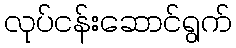
လုပ်ငန်းဆောင်ရွက်